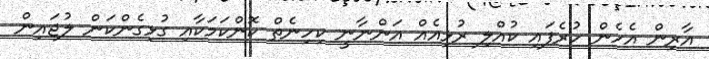
އާރިން އެހެން ހުރެފައި ކުއްލި ރުޅިއެއް އަންނާނީ ކިހިނެތް ކޮންކަމަކާއި ގުޅިގެންކަން ލުޖައިން